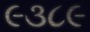
૯૩૮૯